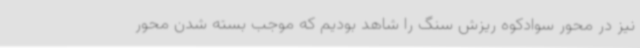
نیز در محور سوادکوه ریزش سنگ را شاهد بودیم‌ که موجب بسته شدن محور